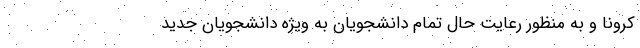
کرونا و به منظور رعایت حال تمام دانشجویان به ویژه دانشجویانِ جدید